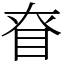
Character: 眘